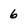
Character: 6